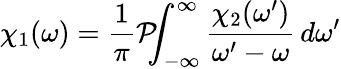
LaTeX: \chi_{1}(\omega)={\frac{1}{\pi}}{\mathcal{P}}\! \! \! \int_{-\infty}^{\infty}{\frac{\chi_{2}(\omega^{\prime})}{\omega^{\prime}-\omega}}\, d\omega^{\prime}